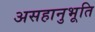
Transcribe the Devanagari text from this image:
असहानुभूति